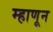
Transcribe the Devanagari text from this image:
म्हाणून